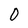
Character: O